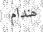
ھندام